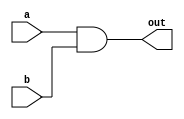
module and32(
    input [31:0] a,
    input [31:0] b,
    output [31:0] out
);
    assign out = a & b;
endmodule